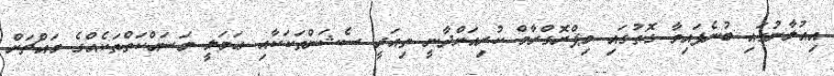
އިއުލާނުގައި ބުނެފައިވާ ގޮތުގައި މިޕްރޮގްރާމް ކުރިއަށްދާނީ ތިއަރީ ސެޝަންތަކަކާއި ޢަމަލީ މަސައްކަތްތަކެއްގެ މައްޗަށް